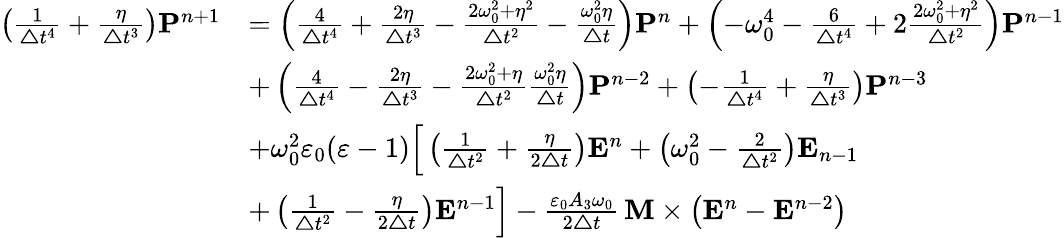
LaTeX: \begin{array}{rl}{\left(\frac{1}{\boldsymbol{\triangle}t^{4}}+\frac{\eta}{\boldsymbol{\triangle}t^{3}}\right)\boldsymbol{\mathbf{P}}^{n+1}}&{=\left(\frac{4}{\boldsymbol{\triangle}t^{4}}+\frac{2\eta}{\boldsymbol{\triangle}t^{3}}-\frac{2\omega_{0}^{2}+\eta^{2}}{\boldsymbol{\triangle}t^{2}}-\frac{\omega_{0}^{2}\eta}{\boldsymbol{\triangle}t}\right)\boldsymbol{\mathbf{P}}^{n}+\left(-\omega_{0}^{4}-\frac{6}{\boldsymbol{\triangle}t^{4}}+2\frac{2\omega_{0}^{2}+\eta^{2}}{\boldsymbol{\triangle}t^{2}}\right)\boldsymbol{\mathbf{P}}^{n-1}}\\ &{+\left(\frac{4}{\boldsymbol{\triangle}t^{4}}-\frac{2\eta}{\boldsymbol{\triangle}t^{3}}-\frac{2\omega_{0}^{2}+\eta}{\boldsymbol{\triangle}t^{2}}\frac{\omega_{0}^{2}\eta}{\boldsymbol{\triangle}t}\right)\boldsymbol{\mathbf{P}}^{n-2}+\left(-\frac{1}{\boldsymbol{\triangle}t^{4}}+\frac{\eta}{\boldsymbol{\triangle}t^{3}}\right)\boldsymbol{\mathbf{P}}^{n-3}}\\ &{+\omega_{0}^{2}\varepsilon_{0}(\varepsilon-1)\Big[\left(\frac{1}{\boldsymbol{\triangle}t^{2}}+\frac{\eta}{2\boldsymbol{\triangle}t}\right)\boldsymbol{\mathbf{E}}^{n}+\left(\omega_{0}^{2}-\frac{2}{\boldsymbol{\triangle}t^{2}}\right)\boldsymbol{\mathbf{E}}_{n-1}}\\ &{+\left(\frac{1}{\boldsymbol{\triangle}t^{2}}-\frac{\eta}{2\boldsymbol{\triangle}t}\right)\boldsymbol{\mathbf{E}}^{n-1}\Big]-\frac{\varepsilon_{0}A_{3}\omega_{0}}{2\boldsymbol{\triangle}t}\, \boldsymbol{\boldsymbol{\mathbf{M}}}\times\left(\boldsymbol{\mathbf{E}}^{n}-\boldsymbol{\mathbf{E}}^{n-2}\right)}\end{array}